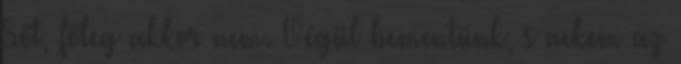
Sőt, főleg akkor nem. Végül bementünk, s nekem az